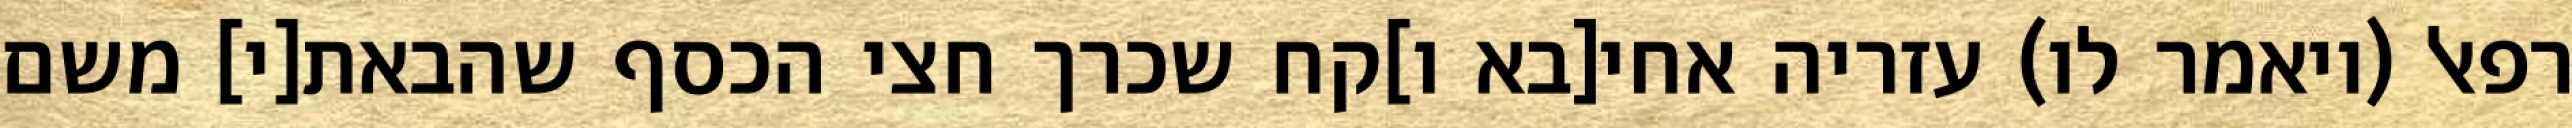
רפאל (ויאמר לו) עזריה אחי[בא ו]קח שכרך חצי הכסף שהבאת[י] משם